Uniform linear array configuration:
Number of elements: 24
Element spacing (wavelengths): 0.75
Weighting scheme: uniform
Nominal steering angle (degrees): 30
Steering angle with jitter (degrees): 30.39
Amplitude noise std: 0.05
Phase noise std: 0.05

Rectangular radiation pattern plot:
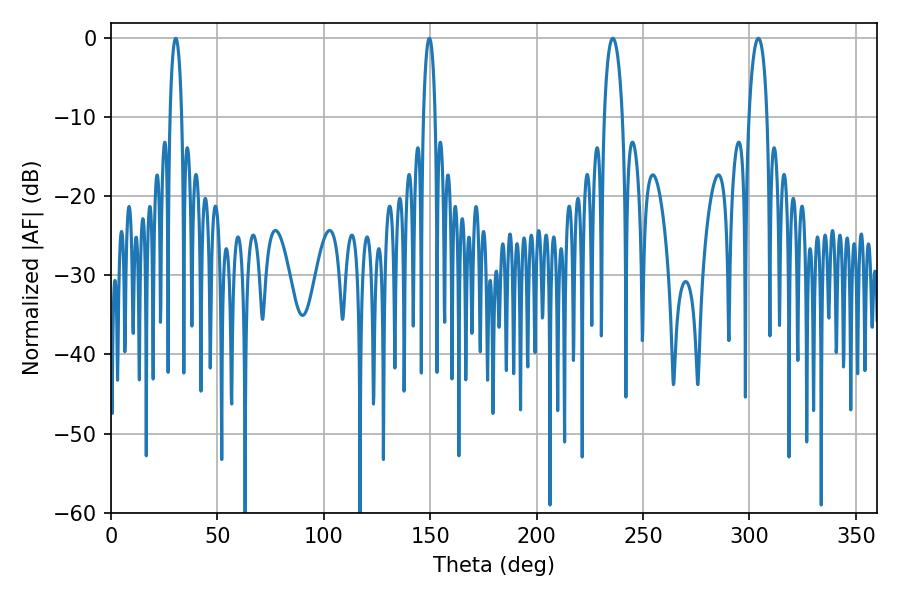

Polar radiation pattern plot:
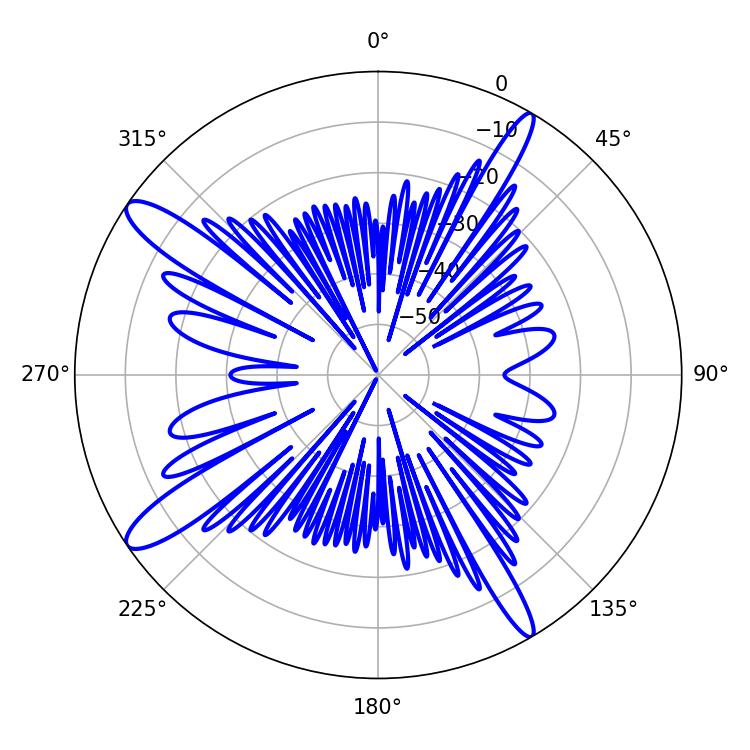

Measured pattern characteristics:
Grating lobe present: TRUE
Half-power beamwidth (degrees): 4.86
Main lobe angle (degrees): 235.8